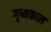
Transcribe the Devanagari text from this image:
गृष्मकाल